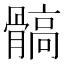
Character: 髇